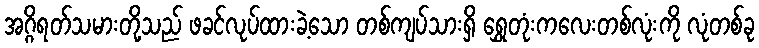
အဂ္ဂိရတ်သမားတို့သည် ဖခင်လုပ်ထားခဲ့သော တစ်ကျပ်သားရှိ ရွှေတုံးကလေးတစ်လုံးကို လုံတစ်ခု